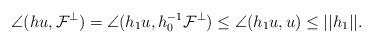
LaTeX: \begin{align*}\angle(hu,\mathcal{F}^\perp)=\angle(h_1u,h_0^{-1}\mathcal{F}^\perp)\leq \angle(h_1u,u)\leq ||h_1||.\end{align*}